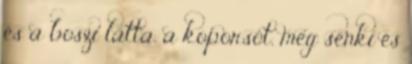
és a boszi látta, a koporsót, meg senki és